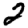
Digit: 2